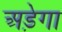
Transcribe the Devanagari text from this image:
अड़ेगा